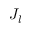
J _ { l }